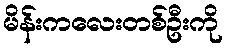
မိန်းကလေးတစ်ဦးကို